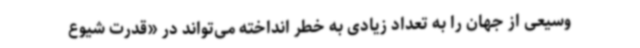
وسیعی از جهان را به تعداد زیادی به خطر انداخته می‌تواند در «قدرت شیوع